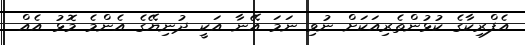
އެފްރިކާގެ ކުޅުންތެރިއަކަށް ނުވި ނަމަ އޭނާ އަކީ ދުނިޔޭގެ އެންމެ މޮޅު އެއް